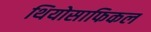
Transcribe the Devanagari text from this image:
थियोसाफिकल